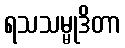
ရသသမ္မုဒိတာ